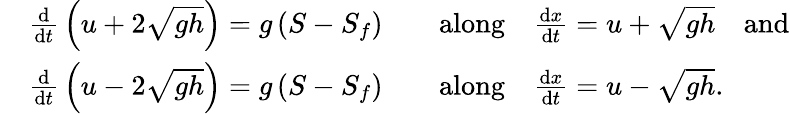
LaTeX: {\begin{array}{rlrl}&{{\frac{\mathrm{d}}{\mathrm{d}t}}\left(u+2{\sqrt{gh}}\right)=g\left(S-S_{f}\right)}&&{{\mathrm{along}}\quad{\frac{\mathrm{d}x}{\mathrm{d}t}}=u+{\sqrt{gh}}\quad{\mathrm{and}}}\\ &{{\frac{\mathrm{d}}{\mathrm{d}t}}\left(u-2{\sqrt{gh}}\right)=g\left(S-S_{f}\right)}&&{{\mathrm{along}}\quad{\frac{\mathrm{d}x}{\mathrm{d}t}}=u-{\sqrt{gh}}.}\end{array}}